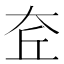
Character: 𡘄